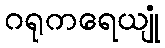
ဂရုကရေယျုံ